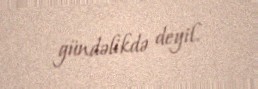
gündəlikdə deyil.